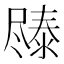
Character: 𫵧